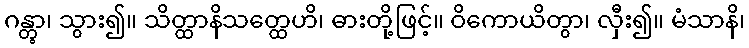
ဂန္တွာ၊ သွား၍။ သိတ္ထာနိသတ္ထေဟိ၊ ဓားတို့ဖြင့်။ ဝိကောယိတွာ၊ လှီး၍။ မံသာနိ၊